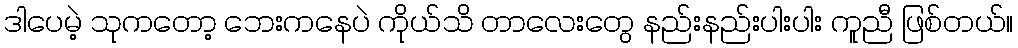
ဒါပေမဲ့ သုကတော့ ဘေးကနေပဲ ကိုယ်သိ တာလေးတွေ နည်းနည်းပါးပါး ကူညီ ဖြစ်တယ်။